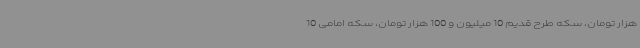
هزار تومان، سکه طرح قدیم 10 میلیون و 100 هزار تومان، سکه امامی 10